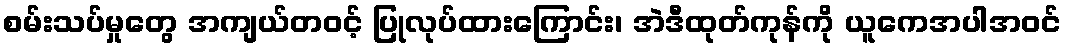
စမ်းသပ်မှုတွေ အကျယ်တဝင့် ပြုလုပ်ထားကြောင်း၊ အဲဒီထုတ်ကုန်ကို ယူကေအပါအဝင်